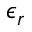
\epsilon _ { r }